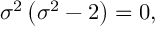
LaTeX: \sigma ^ { 2 } \left( \sigma ^ { 2 } - 2 \right) = 0 ,